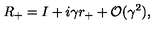
R _ { + } = I + i \gamma r _ { + } + { \cal O } ( \gamma ^ { 2 } ) ,